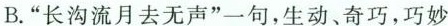
B.”长沟流月去无声”一句，生动、奇巧，巧妙